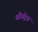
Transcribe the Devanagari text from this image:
वीर्यद्रव